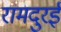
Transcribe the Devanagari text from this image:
रामदुरई